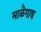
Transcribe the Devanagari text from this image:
माळॆगाव